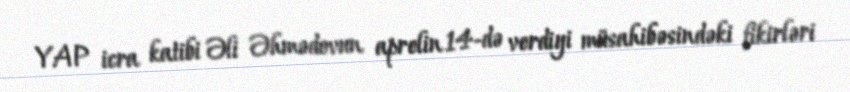
YAP icra katibi Əli Əhmədovun aprelin 14-də verdiyi müsahibəsindəki fikirləri